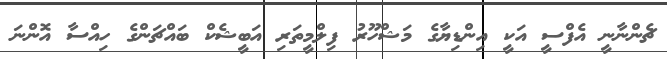
ޗެންނާނީ އެފްސީ އަކީ އިންޑިޔާގެ މަޝްހޫރު ފިލްމީތަރި އަބީޝެކް ބައްޗަންގެ ހިއްސާ އޮންނަ